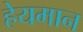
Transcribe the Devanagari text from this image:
हेयमान